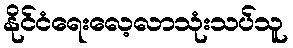
နိုင်ငံရေးလေ့လာသုံးသပ်သူ